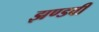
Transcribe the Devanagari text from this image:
झण्डवी